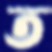
ত